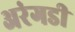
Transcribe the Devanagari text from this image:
अरंगडी